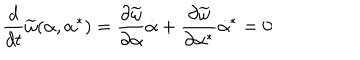
LaTeX: \frac { d } { d t } \widetilde \omega ( \alpha , \alpha ^ { * } ) = \frac { \partial \widetilde \omega } { \partial \alpha } \dot { \alpha } + \frac { \partial \widetilde \omega } { \partial \alpha ^ { * } } \dot { \alpha } ^ { * } = 0